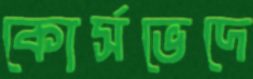
কোর্সভেদে